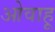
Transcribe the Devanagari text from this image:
ओवाहू